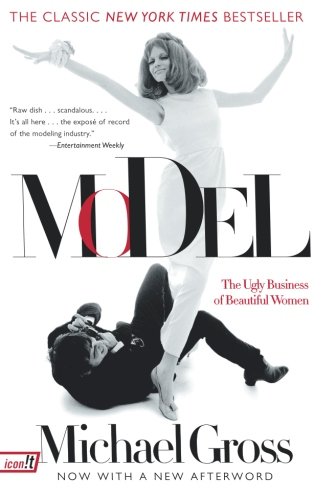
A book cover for Model: The Ugly Business of Beautiful Women; Michael Gross; Arts & Photography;